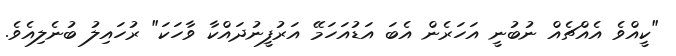
"ކީއްވެ އެއްޗެއް ނުބުނީ އަހަރެން އެބަ އަޑުއަހަމޭ އަރުފީނުދައްކާ ވާހަކަ" ރުހައިލު ބުނެލިއެވެ.